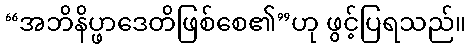
“အဘိနိပ္ဖာဒေတိဖြစ်စေ၏”ဟု ဖွင့်ပြရသည်။